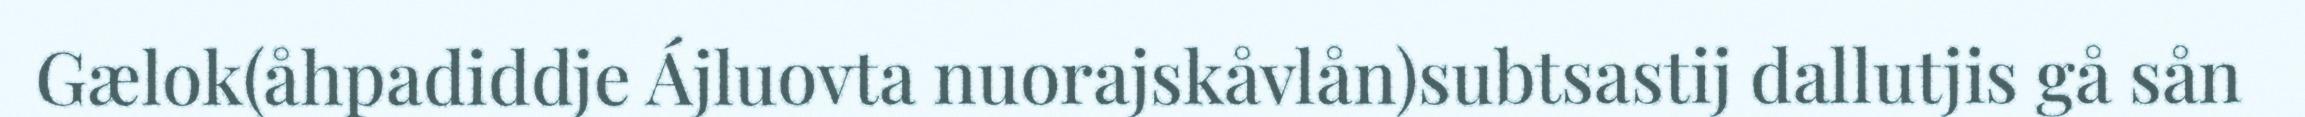
Gælok(åhpadiddje Ájluovta nuorajskåvlån)subtsastij dallutjis gå sån